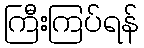
ကြီးကြပ်ရန်